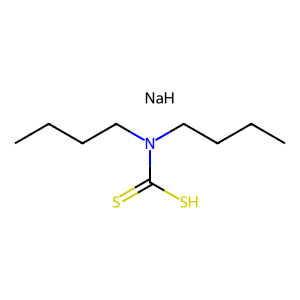
SMILES: CCCCN(CCCC)C(=S)S.[NaH]
Inhibits HIV replication: No